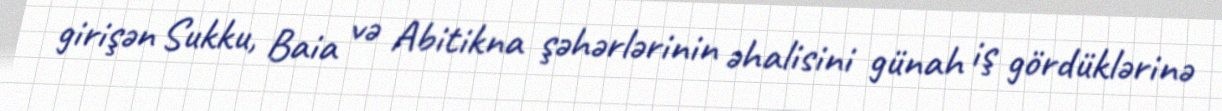
girişən Sukku, Baia və Abitikna şəhərlərinin əhalisini günah iş gördüklərinə